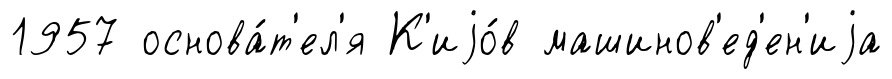
1957 основа́т'ел'я К'иjо́в машинов'ед'ен'иjа